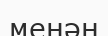
менән